Calcutta medical institutions reports 1892-1900
Year: 1892
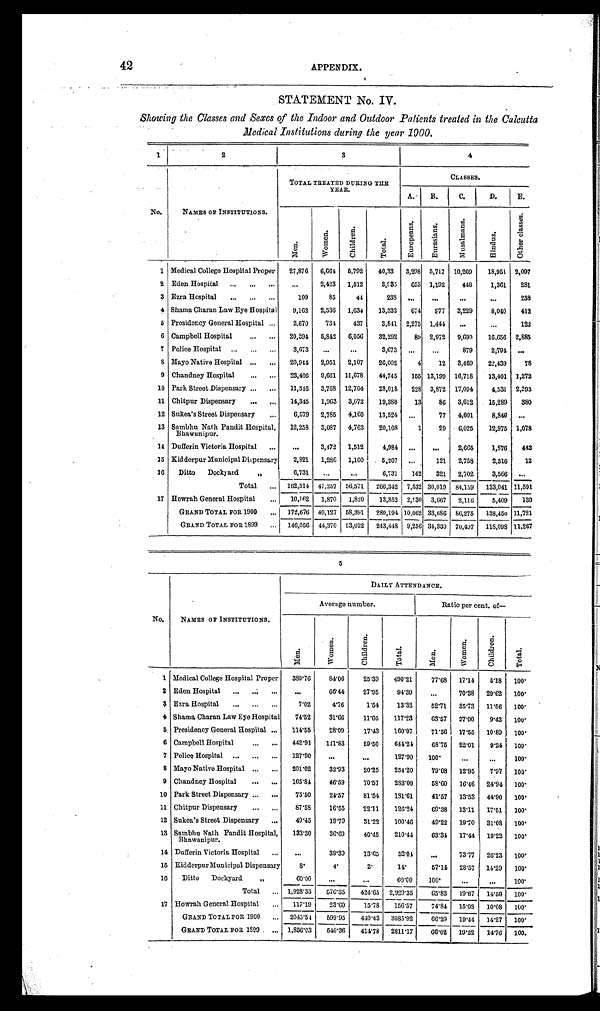
42
APPENDIX.
STATEMENT No. IV.
Showing the Classes and Sexes of the Indoor and Outdoor Patients treated in the Calcutta
Medical Institutions during the year 1900.
2
3
I
4
No.
NAMES OP INSTITUTIONS.
•
TOTAL TREATED DURING TILE
YEAR.
CLASSES.
A. -
B.
C. I
D.
B.
CI
9
,--
q
. ,..
.-.
.4
r..)
Ti
-o'
E-4
'8
I =
::
r
a
c ' '
E
4
.3
a
A
g
' . -. .
'
..,..
.;
.
1
a
ti i
a a
- F.)
.
. ,
i
1 Medical College Hospital Proper
27,876
6,661 5,792
40,33 3,298 5,717 10,269
18,951 2,097
2 Eden Hospital ...
...
...
...
2,423 1,512
3,(3.5
053 1,192
448
1,361
281
3 Ezra Hospital
...
...
...
109
85
44
23S 4.
.....
...
...
238
4 Shama Charan Law Eye Hospital
9,162 2,536 1,634
13,332
674
977 3,229
8,040
412
5 Presidency General Hospital ...
2,670
731
437
3,811 2,275 1,441
...
..,
122
6 Campbell Hospital
...
...
20,394
5,842
6,056
32,292
81' 2,972 9,699
16,056 2,885
7 Police Hospital ..,
...
...
3,673
...
O.
3,673 ...
...
879
2;791 ...
S Mayo Native Hospital ...
...
20,914 2,951 2,107
26,002
4
12 3,469
22,439
78
9 Chandney Hospital
...
...
23,406 9,661 11,678
44,745
355 13,199 16,718
13,401 1,272
10 Park Street Dispensary ...
...
11,516 3,768 12,704
28,018
228 3,872 17,094
4,531 2,293
11 Chitpur Dispensary
...
,..
14,315 1,963 3,072
19,380
13
86 3,612
15,289
380
12 Sukea's Street Dispensary
...
6,579 2,785 4,160
13,524 ...
77 4,601
8,840 ...
13 Sambhu Nat Is Pandit Hospital,
IThawanipur.
12,258 3,087 4,763
20,105
1
29
0,025
12,975 1,078
14 Dufferin Victoria Hospital
...
...
3,472 1,512
4,984 ...
...
2,605
1,876 ‘ 443
15 Kid derpur Municipal Dispensary
2,821
1,28G 1,100
5,207 ...
121 2,758
2,316
12
16
Ditto Dockyard
„
6,731
...
...
6,731
142
321 2,702
3,566 ...
Total
... 162,514 47,257 56,571
266,342 7,532 30,019 84,159 133,041 11,591
17 Howrah General Hospital
...
10,162 1,870
1,850
13,852 2,530 3,667 2,116
5,409
130
GRAND TOTAL FOR 1000
...
172,676 49,127 58,391 280,191 10,062 33,e86 80,275
138,450 11,721
GRAND TOTAL FOR 1899
... 146,056 44,370 53,022 243,448 9,255 34,330 70,497 118,098 11,267
5
DAILY ATTENDANCE.
Average number.
Ratio per cent. of-
No,
NAMES OP INSTITUTIONS.
C)
0
7;
0
C)
tJ
0
E-4
1 Medical College Hospital Proper
330'76
84'06
25'39
490'21
77'68 17'14
518 100'
2 Eden Hospital
•.•
56'44
27'95
91'39
70'38 20'62 100'
8 Ezra Hospital
...
7'02
416
1'54
13'32
52'71 35'73 11'56 100'
4 Shama Charan Law Eye Hospital
74'52
31'66
11'05
117'23
63'57 27'00
9'43 100'
5 . Presidency General Hospital
114'55
28'09
17'43
160'07.
71'56
17'55 10'89 100'
6 Campbell Hospital
".
442'91
111'83
69'50
644'24
68'75 22'01
9'24 100'
7 Police Hospital
127'90
•..
127'90
100•
100'
8 Mayo Native Hospital
201'02
32'93
20'25
254'20
79'08 12'95
7'97 100'
9 Chandney Hospital
165'84
46'59
70'57
233'00
58'60 16'46 24'94 100'
10 Park Street Dispensary
75'50
21'57
81'54
131'61
41'57 13'53 41'90 100'
11 Chitpur Dispensary
...
87'5S
16'55
22'11
126'24
69'38 13'11 17'51 100'
12 Sukea 's Street Dispensary
49'45
19'79
31'22
100'46
49'22 19'70 31'08 100'
13 Sambhu Nath Pandit Hospital,
Bhawanipur.
133'30
35.59
40'45
210'44
63'34 17'44 19'22 100'
14 Dufferin Victoria Hospital
,..
38'39
13'05
52'01
73'77
20'23 100'
15 Kidderpur Municipal Dispensary
8'
4'
2'
11'
57'1.4
23'57 11'29
100'
16
Ditto
Dockyard
„
60'00
60'00
100'
100'
Total
1,928'35
570'35
421'65 2,929'35
65'83
19'67 14'50 100'
17 Howrah General Hospital
117'19
23'00
15'78
156'57
74'34 15'03
10'08 100'
GRAND TOTAL FOR 1900
2045'54
599'95
410'43 3085'92
60'29 19'14 14'27 100'
GRAND TOTAL FOR 1S29
1,856'03
510'36
414'78 2811'17
06'02 19'22
1,1'76
100.